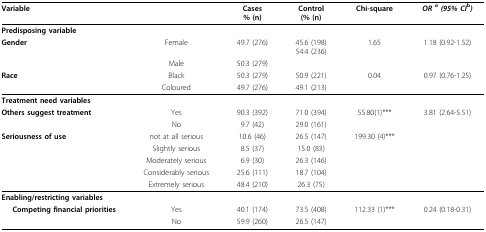
<table><thead><tr><td><b>Variable</b></td><td></td><td><b>Cases% (n)</b></td><td><b>Control(% (n)</b></td><td><b>Chi-square</b></td><td><b><i>OR </i><sup><i>a </i></sup><i>(95% CI</i><sup>b</sup><i>)</i></b></td></tr></thead><tbody><tr><td colspan="6"><b>Predisposing variable</b></td></tr><tr><td><b>Gender</b></td><td>Female</td><td>49.7 (276)</td><td>45.6 (198)54.4 (236)</td><td>1.65</td><td>1.18 (0.92-1.52)</td></tr><tr><td></td><td>Male</td><td>50.3 (279)</td><td></td><td></td><td></td></tr><tr><td><b>Race</b></td><td>Black</td><td>50.3 (279)</td><td>50.9 (221)</td><td>0.04</td><td>0.97 (0.76-1.25)</td></tr><tr><td></td><td>Coloured</td><td>49.7 (276)</td><td>49.1 (213)</td><td></td><td></td></tr><tr><td colspan="6"><b>Treatment need variables</b></td></tr><tr><td><b>Others suggest treatment</b></td><td>Yes</td><td>90.3 (392)</td><td>71.0 (394)</td><td>55.80(1)***</td><td>3.81 (2.64-5.51)</td></tr><tr><td></td><td>No</td><td>9.7 (42)</td><td>29.0 (161)</td><td></td><td></td></tr><tr><td><b>Seriousness of use</b></td><td>not at all serious</td><td>10.6 (46)</td><td>26.5 (147)</td><td>199.30 (4)***</td><td></td></tr><tr><td></td><td>Slightly serious</td><td>8.5 (37)</td><td>15.0 (83)</td><td></td><td></td></tr><tr><td></td><td>Moderately serious</td><td>6.9 (30)</td><td>26.3 (146)</td><td></td><td></td></tr><tr><td></td><td>Considerably serious</td><td>25.6 (111)</td><td>18.7 (104)</td><td></td><td></td></tr><tr><td></td><td>Extremely serious</td><td>48.4 (210)</td><td>26.3 (75)</td><td></td><td></td></tr><tr><td colspan="6"><b>Enabling/restricting variables</b></td></tr><tr><td><b>Competing financial priorities</b></td><td>Yes</td><td>40.1 (174)</td><td>73.5 (408)</td><td>112.33 (1)***</td><td>0.24 (0.18-0.31)</td></tr><tr><td></td><td>No</td><td>59.9 (260)</td><td>26.5 (147)</td><td></td><td></td></tr></tbody></table>